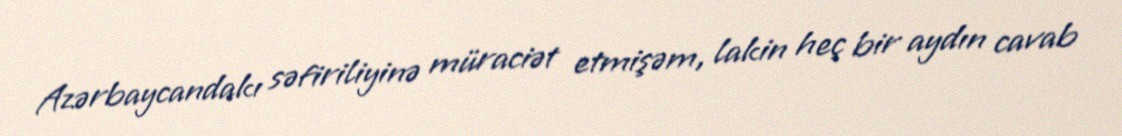
Azərbaycandakı səfiriliyinə müraciət etmişəm, lakin heç bir aydın cavab